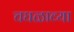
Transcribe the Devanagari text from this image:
चघळाव्या